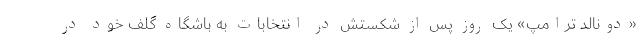
«دونالد ترامپ» یک روز پس از شکستش در انتخابات به باشگاه گلف خود در